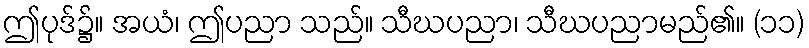
ဤပုဒ်၌။ အယံ၊ ဤပညာ သည်။ သီဃပညာ၊ သီဃပညာမည်၏။ (၁၁)